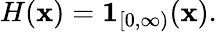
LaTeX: H(\mathbf{x})=\mathbf{{1}}_{[0,\infty)}(\mathbf{x}).